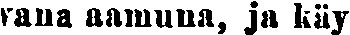
vana aamuuna, ja käy